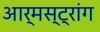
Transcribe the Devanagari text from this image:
आर्मस्‍ट्रांग